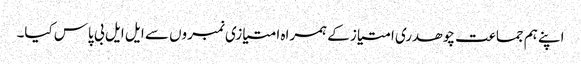
اپنے ہم جماعت چوھدری امتیاز کے ہمراه امتیازی نمبروں سے ایل ایل بی پاس کیا۔